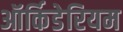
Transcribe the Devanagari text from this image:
ऑर्किडेरियम